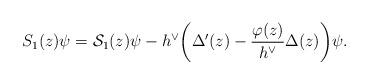
LaTeX: \begin{align*} S_1(z) \psi = \mathcal S_1(z) \psi - h^\vee \bigg( \Delta'(z) - \frac{\varphi(z)}{h^\vee} \Delta(z) \bigg) \psi.\end{align*}